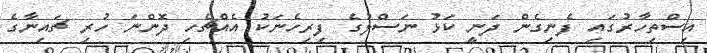
އިސްތިހާރުގައި ފެނިގެން ދަނީ ކަޅު ނަސްލުގެ ފިރިހެނަކު އެއްޗެހި ދޮންނަ ހުރި ޗައިނާގެ